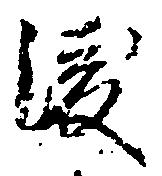
渡